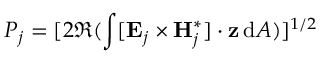
P _ { j } = [ 2 \Re ( \int [ \mathbf { E } _ { j } \times \mathbf { H } _ { j } ^ { * } ] \cdot \mathbf { z } \, \mathrm { d } A ) ] ^ { 1 / 2 }